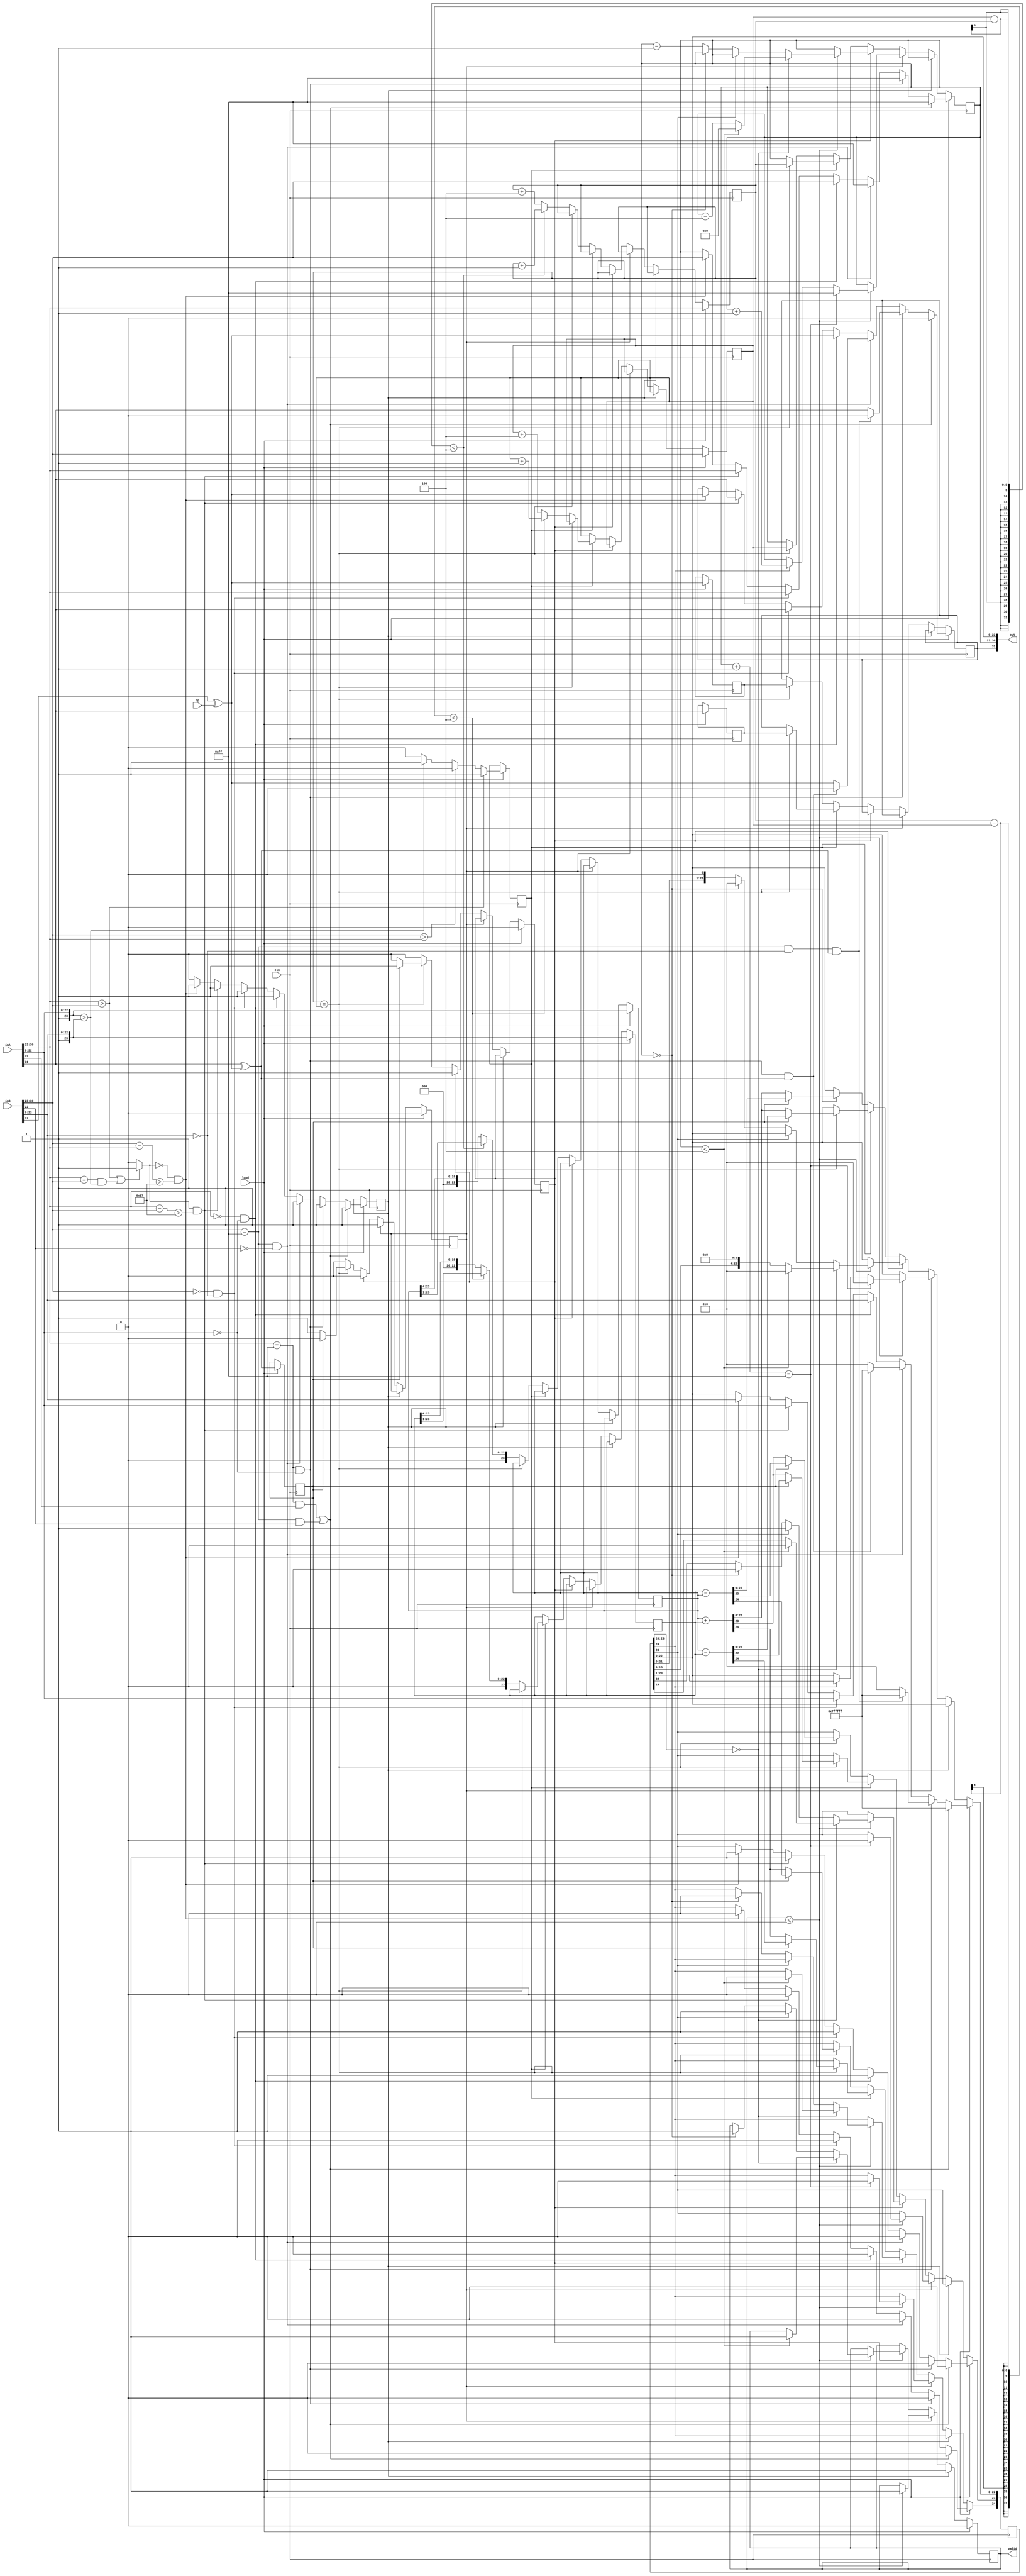
module float_adder_subtractor(
	inA,
	inB,
	clk,
	op,
	load,
	out,
	valid
);
parameter PRECISION = 32;

input [PRECISION-1:0] inA;
input [PRECISION-1:0] inB;
input clk;
input op;
input load;
output [PRECISION-1:0] out;
output valid;

localparam expSize = (PRECISION==32) ? 8 : 11;
localparam mantSize = (PRECISION==32) ? 23 : 52;

localparam expInf = (PRECISION==32) ? 8'hff : 11'hfff;
localparam mantInf = (PRECISION==32) ? 23'h0 : 52'h0;
localparam expNaN = (PRECISION==32) ? 8'hff : 11'hfff;
localparam mantNaN = (PRECISION==32) ? 23'hffffff : 52'hfffffffffffff;
localparam expZero = (PRECISION==32) ? 8'h0 : 11'h0;
localparam mantZero = (PRECISION==32) ? 23'h0 : 52'h0;
localparam neglectThreshold = (PRECISION==32) ? 5'd23 : 6'd52;


wire wire_signA = inA[PRECISION-1];
wire [expSize-1:0] wire_expA = inA[PRECISION-2:mantSize];
wire [mantSize:0] wire_mantA = {1'b1,inA[mantSize-1:0]};
wire wire_signB = inB[PRECISION-1] ^ op;
wire [expSize-1:0] wire_expB = inB[PRECISION-2:mantSize];
wire [mantSize:0] wire_mantB = {1'b1,inB[mantSize-1:0]};
wire wire_Aisbig = (wire_expA>wire_expB)||(wire_expA==wire_expB && wire_mantA>wire_mantB)?1'b1:1'b0;
wire wire_diffSign = wire_signA ^ wire_signB;

reg signA;
reg [expSize-1:0] expA;
reg [mantSize:0] mantA;
reg signB;
reg [expSize-1:0] expB;
reg [mantSize:0] mantB;
reg signOut;
reg [expSize-1:0] expOut;
reg [mantSize+1:0] mantOut;
reg Aisbig;
reg diffSign;
reg subShiftPhase;
reg addShiftPhase;
reg specialCase;
reg validOutput;
// Handle negligible operations

always @(posedge clk) begin
	
	//!Input Fetch Cycle
	if (load==1'b1) begin
		signA <= inA[PRECISION-1];
		expA <= inA[PRECISION-2:mantSize];
		mantA <= {1'b1,inA[mantSize-1:0]};
		signB <= inB[PRECISION-1] ^ op;
		expB <= inB[PRECISION-2:mantSize];
		mantB <= {1'b1,inB[mantSize-1:0]};
		if (wire_expA>wire_expB)
			Aisbig <= 1'b1;
		else if (wire_expB>wire_expA)
			Aisbig <= 1'b0;
		else
			if(wire_mantA>wire_mantB)
				Aisbig <= 1'b1;
			else
				Aisbig <= 1'b0;
		diffSign <= wire_signA ^ wire_signB;
		subShiftPhase <= 1'b0;
		addShiftPhase <= 1'b0;
		validOutput <= 1'b0;
		//! Filtering Special Numbers
		if((wire_expA==expNaN && wire_mantA[mantSize-1]==1'b1) || (wire_expB==expNaN && wire_mantB[mantSize-1]==1'b1)) begin
			signOut <= 1'b0;
			expOut <= expNaN;
			mantOut <= {2'h0,mantNaN};
			specialCase <= 1'b1;
		end
		else if(wire_expA==expInf && wire_mantA[mantSize-1:0]==mantInf) begin
			if(wire_expB==expInf && wire_mantB[mantSize-1:0]==mantInf && wire_diffSign==1'b1) begin
				signOut <= 1'b0;
				expOut <= expNaN;
				mantOut <= {2'h0,mantNaN};
			end
			else begin
				signOut <= wire_signA;
				expOut <= expInf;
				mantOut <= {2'h0,mantInf};
			end
			specialCase <= 1'b1;
		end
		else if(wire_expB==expInf && wire_mantB[mantSize-1]==1'b0) begin
			if(wire_expA==expInf &&wire_mantA[mantSize-1:0]==mantInf && wire_diffSign==1'b1) begin
				signOut <= 1'b0;
				expOut <= expNaN;
				mantOut <= {2'h0,mantNaN};
			end
			else begin
				signOut <= wire_signB;
				expOut <= expInf;
				mantOut <= {2'h0,mantInf};
			end
			specialCase <= 1'b1;
		end
		else if(wire_expA == expZero && wire_mantA[mantSize-1:0] == mantZero) begin
			signOut <= wire_signB;
			expOut <= wire_expB;
			mantOut <= {1'h0,wire_mantB};
			specialCase <= 1'b1;
		end
		else if(wire_expB == expZero && wire_mantB[mantSize-1:0] == mantZero) begin
			signOut <= wire_signA;
			expOut <= wire_expA;
			mantOut <= { 1'h0 , wire_mantA };
			specialCase <= 1'b1;
		end
		else if (wire_Aisbig==1'b1 && wire_expA-wire_expB > neglectThreshold) begin
			signOut <= wire_signA;
			expOut <= wire_expA;
			mantOut <= {1'h0,wire_mantA};
			specialCase <= 1'b1;
		end
		else if (wire_Aisbig==1'b0 && wire_expB-wire_expA > neglectThreshold) begin
			signOut <= wire_signB;
			expOut <= wire_expB;
			mantOut <= {1'h0,wire_mantB};
			specialCase <= 1'b1;
		end
		else
			specialCase <= 1'b0;
	end
	else if(specialCase==1'b1) begin
		validOutput <= 1'b1;
	end
	//! Shifting For Addition Only
	else if (addShiftPhase==1'b1) begin
		if (validOutput <= 1'b0) begin
			if(expOut+1'b1==expInf) begin
				mantOut <= {2'h0,mantInf};
				expOut <= expInf;
			end
			else if(mantOut[mantSize+1]==1'b1) begin
				mantOut[mantSize-1:0] <= mantOut[mantSize:1];
				expOut <= expOut + 1'b1;
			end
			validOutput <= 1'b1;
		end
	end
	
	//! Shifting For Subtraction Only
	else if (subShiftPhase==1'b1) begin
		if (validOutput <= 1'b0)
			if(mantOut[mantSize:mantSize-3]==4'b0000) begin
				if(expOut<3'h4) begin
					mantOut <= {2'h0,mantZero};
					expOut <= expZero;
					validOutput <= 1'b1;
				end
				else begin
					mantOut[mantSize:0] <= {mantOut[mantSize-4:0],4'b0000};
					expOut <= expOut - 3'h4;
				end
			end
			else if (mantOut[mantSize]==1'b0) begin
				if(expOut==expZero) begin
					mantOut <= {2'h0,mantZero};
					validOutput <= 1'b1;
				end
				else begin
					mantOut[mantSize:0] <= {mantOut[mantSize-1:0],1'b0};
					expOut <= expOut - 1'b1;
				end
			end
			else
				validOutput <= 1'b1;
	end
	//!Exponent Synchronization Shifting
	else begin	
		//!Check Who Is Bigger To Set Sign Bit And Shift The Smaller Number
		if (Aisbig==1'b1) begin
			//!Synchronization Finished
			if (expA==expB) begin
				if(diffSign==1'b1) begin
					mantOut <= mantA - mantB;
					subShiftPhase <= 1'b1;
				end
				else begin
					mantOut <= mantA + mantB;
					addShiftPhase <= 1'b1;
				end
				signOut <= signA;
				expOut <= expA;
			end
			//!Small Shift
			else if (expA-expB<4) begin
				mantB <= {1'b0,mantB[mantSize:1]};
				expB <= expB + 1'b1;
			end
			//!Big Shift
			else begin
				mantB <= {4'b0000,mantB[mantSize:4]};
				expB <= expB + 3'h4;
			end
		end
		else begin
		//!Synchronization Finished
			if (expA==expB) begin
				if(diffSign==1'b1) begin
					mantOut <= mantB - mantA;
					subShiftPhase <= 1'b1;
				end
				else begin
					mantOut <= mantB + mantA;
					addShiftPhase <= 1'b1;
				end
				signOut <= signB;
				expOut <= expB;
			end
			//!Big Shift
			else if (expB-expA<4) begin
				mantA <= {1'b0,mantA[mantSize:1]};
				expA <= expA + 1'b1;
			end
			//!Small Shift
			else begin
				mantA <= {4'b0000,mantA[mantSize:4]};
				expA <= expA + 3'h4;
			end
		end
	end
end


assign out[PRECISION-1] = signOut;
assign out[PRECISION-2:mantSize] = expOut;
assign out[mantSize-1:0] = mantOut[mantSize-1:0];
assign valid = validOutput;

endmodule